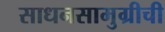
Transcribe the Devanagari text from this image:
साधनसामुग्रीची